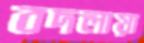
বদলায়া